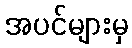
အပင်များမှ